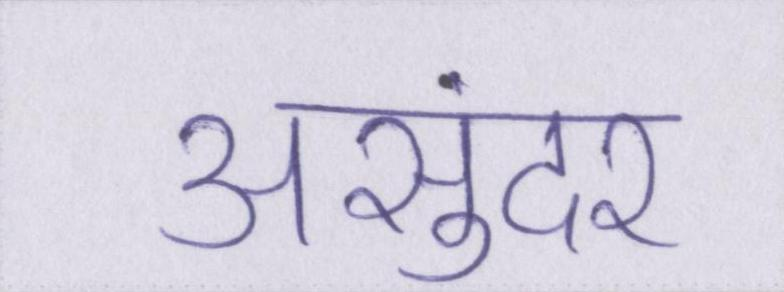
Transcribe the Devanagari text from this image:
असुंदर